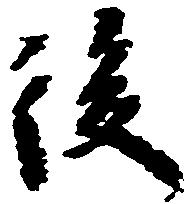
後